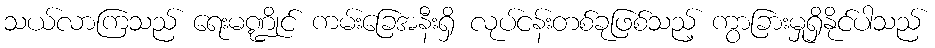
သယ်လာကြသည် ရေးမဏ္ဍိုင် ကမ်းခြေအနီးရှိ လုပ်ငန်းတစ်ခုဖြစ်သည့် ကွာခြားမှုရှိနိုင်ပါသည်